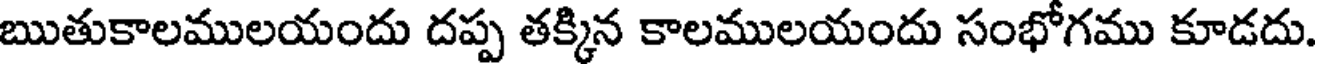
ఋతుకాలములయందు దప్ప తక్కిన కాలములయందు సంభోగము కూడదు.